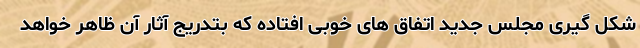
شکل گیری مجلس جدید اتفاق های خوبی افتاده که بتدریج آثار آن ظاهر خواهد